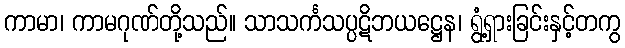
ကာမာ၊ ကာမဂုဏ်တို့သည်။ သာသင်္ကသပ္ပဋိဘယဋ္ဌေန၊ ရွံ့ရှားခြင်းနှင့်တကွ